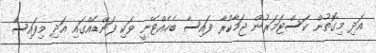
އަދި މިގޮތުން ކަސްޓަމަރުން ޖަމާކުރާ ފައިސާ ބެހެއްޓޭނީ ވަކި ފަންޑެއްގައި އަދި މިފައިސާ